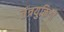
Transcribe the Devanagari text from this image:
तंत्रयुक्तियों